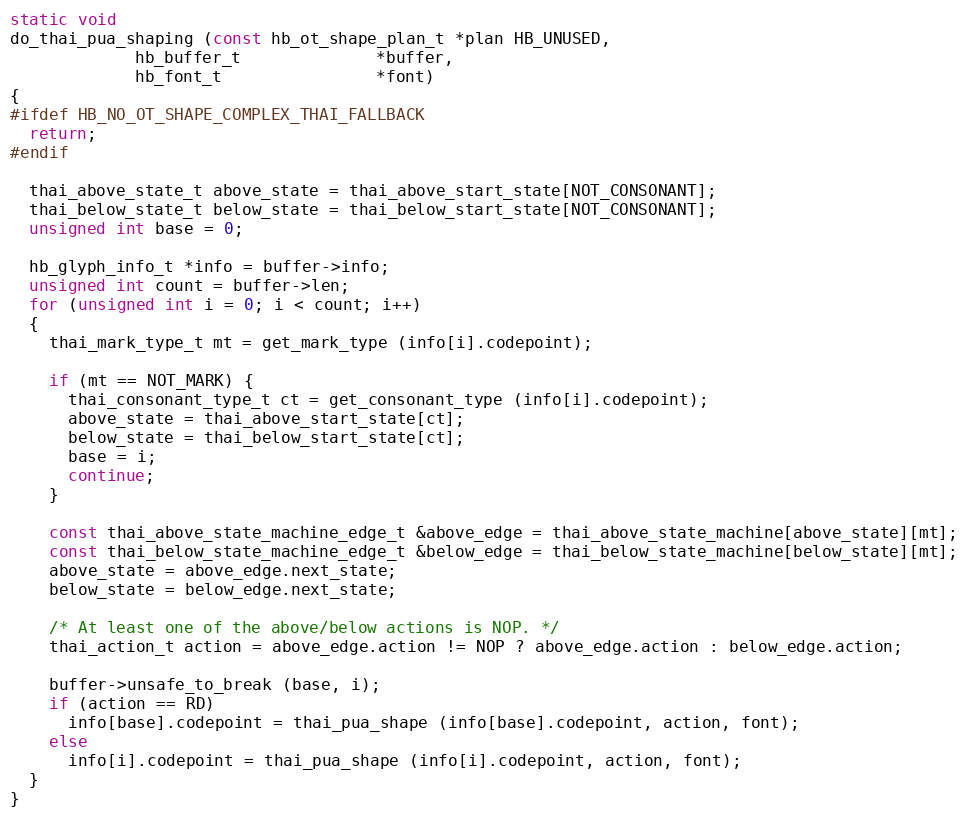
Language: C++
static void
do_thai_pua_shaping (const hb_ot_shape_plan_t *plan HB_UNUSED,
		     hb_buffer_t              *buffer,
		     hb_font_t                *font)
{
#ifdef HB_NO_OT_SHAPE_COMPLEX_THAI_FALLBACK
  return;
#endif

  thai_above_state_t above_state = thai_above_start_state[NOT_CONSONANT];
  thai_below_state_t below_state = thai_below_start_state[NOT_CONSONANT];
  unsigned int base = 0;

  hb_glyph_info_t *info = buffer->info;
  unsigned int count = buffer->len;
  for (unsigned int i = 0; i < count; i++)
  {
    thai_mark_type_t mt = get_mark_type (info[i].codepoint);

    if (mt == NOT_MARK) {
      thai_consonant_type_t ct = get_consonant_type (info[i].codepoint);
      above_state = thai_above_start_state[ct];
      below_state = thai_below_start_state[ct];
      base = i;
      continue;
    }

    const thai_above_state_machine_edge_t &above_edge = thai_above_state_machine[above_state][mt];
    const thai_below_state_machine_edge_t &below_edge = thai_below_state_machine[below_state][mt];
    above_state = above_edge.next_state;
    below_state = below_edge.next_state;

    /* At least one of the above/below actions is NOP. */
    thai_action_t action = above_edge.action != NOP ? above_edge.action : below_edge.action;

    buffer->unsafe_to_break (base, i);
    if (action == RD)
      info[base].codepoint = thai_pua_shape (info[base].codepoint, action, font);
    else
      info[i].codepoint = thai_pua_shape (info[i].codepoint, action, font);
  }
}